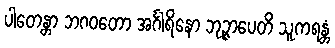
ပါတေန္တာ ဘဂဝတော အင်္ဂါရိနော ဘုဉ္ဇာပေတိ သူကရန္တံ